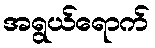
အရွယ်ရောက်